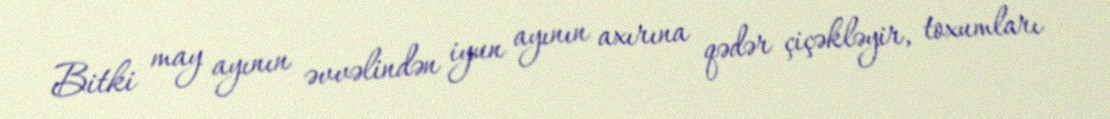
Bitki may ayının əvvəlindən iyun ayının axırına qədər çiçəkləyir, toxumları